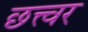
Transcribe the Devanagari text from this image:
छत्त्वर